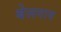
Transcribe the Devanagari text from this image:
बेलगाव